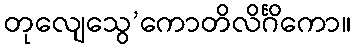
တုလျေသွေ’ကောတိလိင်္ဂိကော။